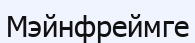
Мэйнфреймге